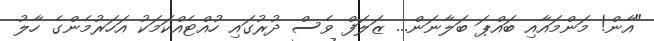
"އާން! މަންމައާއި ބައްޕަ ބަލާނަން... ޒަލަފް ވެސް ދުރުގައި ހުއްޓެއްކަމަކު އަހަރުމެންގެ ހާލު